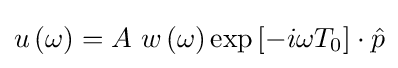
u\left(\omega \right)=A~w\left(\omega \right)\exp \left[-i\omega T_{0}\right]\cdot {\hat {p}}